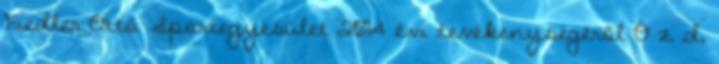
Fiedler Ottó Sportegyesület 2014 évi tevékenységéről Ó z d,